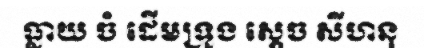
ធ្លាយ ចំ ដើមទ្រូង ស្តេច សីហនុ